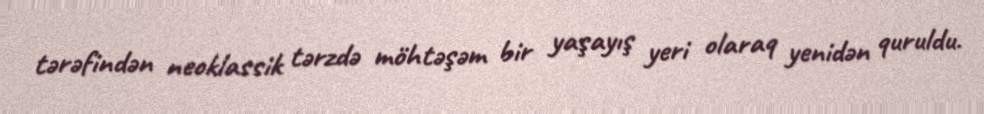
tərəfindən neoklassik tərzdə möhtəşəm bir yaşayış yeri olaraq yenidən quruldu.